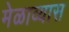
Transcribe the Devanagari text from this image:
मेळाव्यास